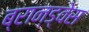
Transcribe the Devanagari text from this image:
ब्रान्ड्वेस